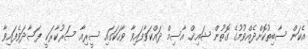
އެކަން ސާބިތުކޮށްދެއްވުމުގެ ގޮތުން ޝައިޚް އާސިމް ދައްކަވާފައިވާ ވާހަކަގައި ސީރިއާ ސަރުކާރަކީ ފަސާދަވެފައިވާ